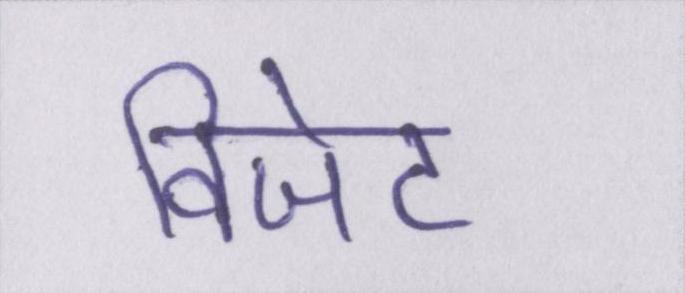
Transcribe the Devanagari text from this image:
विजेट